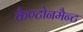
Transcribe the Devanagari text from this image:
कैण्टोनमैन्ट